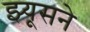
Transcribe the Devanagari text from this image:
झ्यूसने